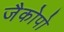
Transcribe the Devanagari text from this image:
जैकोपो